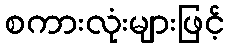
စကားလုံးများဖြင့်